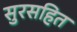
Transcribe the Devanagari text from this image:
सुरसहित